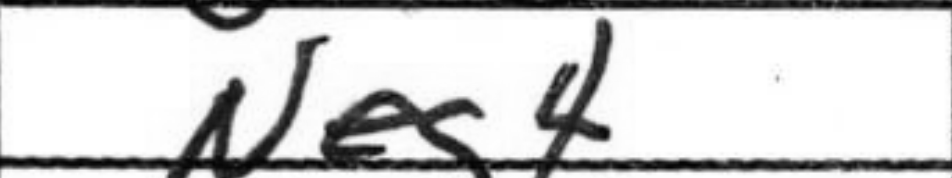
Transcription: Neg4